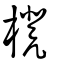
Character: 櫈